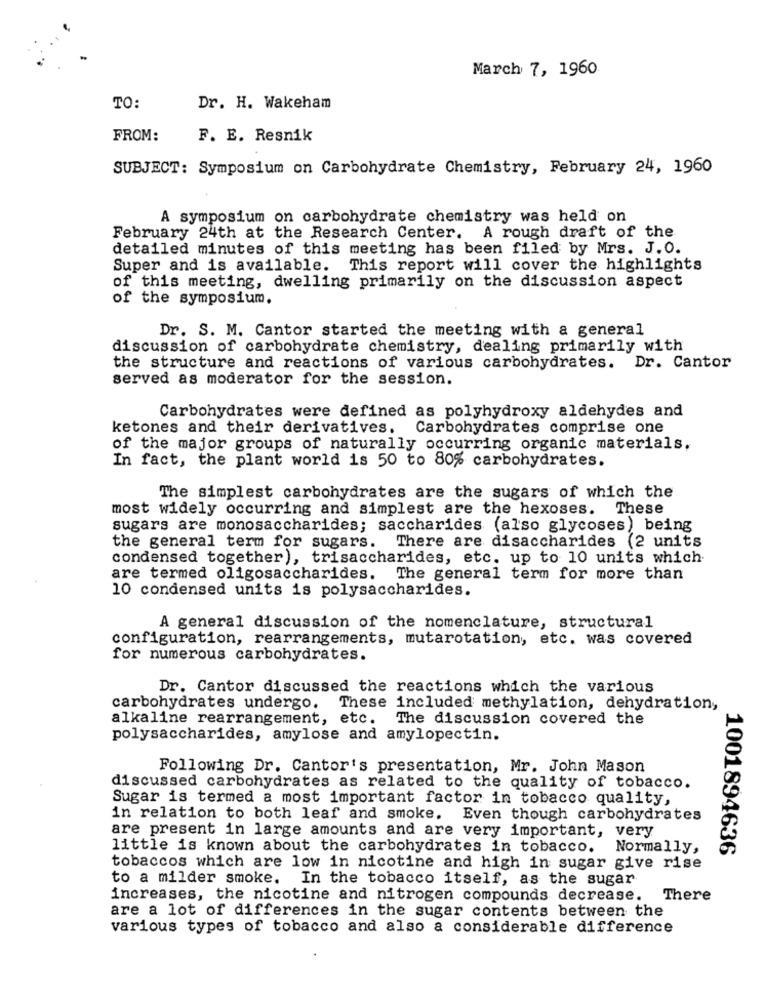
March 7, 1960
TO:
Dr. H. Wakeham
FROM:
F. E. Resnik
SUBJECT: Symposium on Carbohydrate Chemistry, February 24, 1960
A symposium on carbohydrate chemistry was held on
February 24th at the Research Center. A rough draft of the
detailed minutes of this meeting has been filed by Mrs. J.O.
Super and is available. This report will cover the highlights
of this meeting, dwelling primarily on the discussion aspect
of the symposium.
Dr. S. M. Cantor started the meeting with a general
discussion of carbohydrate chemistry, dealing primarily with
the structure and reactions of various carbohydrates. Dr. Cantor
served as moderator for the session.
Carbohydrates were defined as polyhydroxy aldehydes and
ketones and their derivatives. Carbohydrates comprise one
of the major groups of naturally occurring organic materials,
In fact, the plant world is 50 to 80% carbohydrates.
The simplest carbohydrates are the sugars of which the
most widely occurring and simplest are the hexoses.
These
sugars are monosaccharides; saccharides (also glycoses) being
the general term for sugars. There are disaccharides (2 units
condensed together), trisaccharides, etc. up to 10 units which
are termed oligosaccharides. The general term for more than
10 condensed units is polysaccharides.
A general discussion of the nomenclature, structural
configuration, rearrangements, mutarotation, etc. was covered
for numerous carbohydrates.
Dr. Cantor discussed the reactions which the various
carbohydrates undergo. These included methylation, dehydration,
alkaline rearrangement, etc. The discussion covered the
polysaccharides, amylose and amylopectin.
Following Dr. Cantor's presentation, Mr. John Mason
discussed carbohydrates as related to the quality of tobacco.
Sugar is termed a most important factor in tobacco quality,
in relation to both leaf and smoke. Even though carbohydrates
are present in large amounts and are very important, very
little is known about the carbohydrates in tobacco.
Normally,
1001894636
tobaccos which are low in nicotine and high in sugar give rise
to a milder smoke. In the tobacco itself, as the sugar
increases, the nicotine and nitrogen compounds decrease.
There
are a lot of differences in the sugar contents between the
various types of tobacco and also a considerable difference